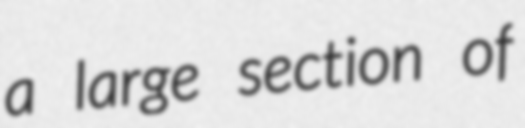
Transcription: a large section of